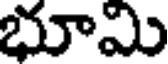
భూమి